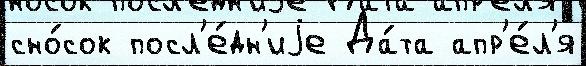
сно́сок посл'е́дн'иjе Да́та апр'е́л'я